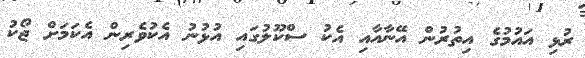
ރުޅި އައުމުގެ އިތުރުން އޭނާއާއި އެކު ސްކޫލުގައި އުޅުނު އެކުވެރިން އެކަމަށް ޖޯކު